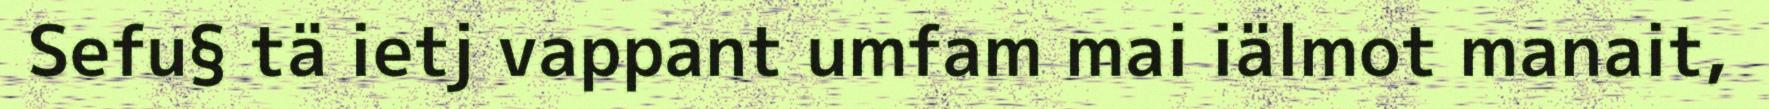
Sefu§ tä ietj vappant umfam mai iälmot manait,